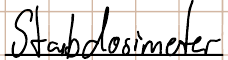
Stabdosimeter